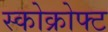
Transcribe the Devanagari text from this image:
स्कोक्रोफ्ट